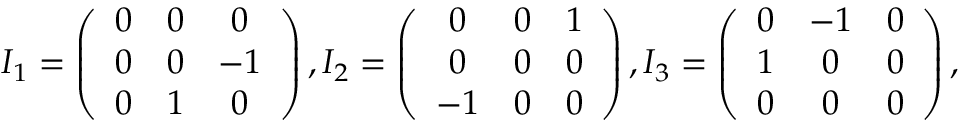
\begin{array} { r } { I _ { 1 } = \left( \begin{array} { c c c } { 0 } & { 0 } & { 0 } \\ { 0 } & { 0 } & { - 1 } \\ { 0 } & { 1 } & { 0 } \end{array} \right) , I _ { 2 } = \left( \begin{array} { c c c } { 0 } & { 0 } & { 1 } \\ { 0 } & { 0 } & { 0 } \\ { - 1 } & { 0 } & { 0 } \end{array} \right) , I _ { 3 } = \left( \begin{array} { c c c } { 0 } & { - 1 } & { 0 } \\ { 1 } & { 0 } & { 0 } \\ { 0 } & { 0 } & { 0 } \end{array} \right) , } \end{array}